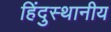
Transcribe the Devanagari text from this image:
हिंदुस्थानीय